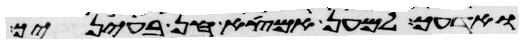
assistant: ואדעך למען אמצא חן בעיניך